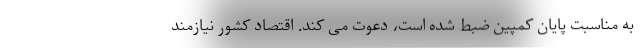
به مناسبت پایان کمپین ضبط شده است، دعوت می کند. اقتصاد کشور نیازمند